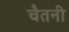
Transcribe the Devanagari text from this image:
चैतनी